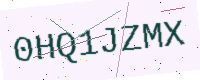
Text: 0HQ1JZMX